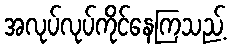
အလုပ်လုပ်ကိုင်နေကြသည့်